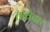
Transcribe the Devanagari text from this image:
तावेदार